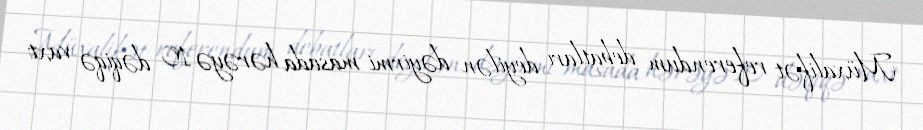
Müxalifət referendum debatları deyilən dəyirmi masada hərəyə 10 dəqiqə vaxt